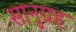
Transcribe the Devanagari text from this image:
सानुग्रह